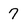
Character: 7